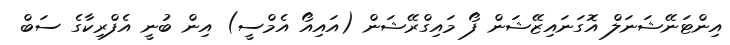
އިންޓަނޭޝަނަލް އޮގަނައިޒޭޝަން ފޯ މައިގްރޭޝަން (އައިއޯ އެމްސީ) އިން ބުނީ އެފްރިކާގެ ސަބް